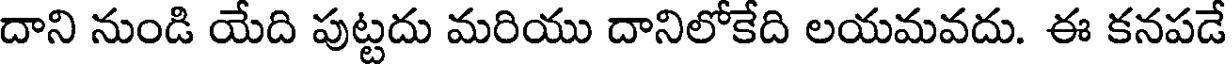
దాని నుండి యేది పుట్టదు మరియు దానిలోకేది లయమవదు. ఈ కనపడే